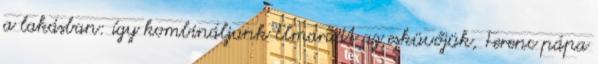
a lakásban: így kombináljunk Elmaradt az esküvőjük, Ferenc pápa